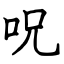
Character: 呪